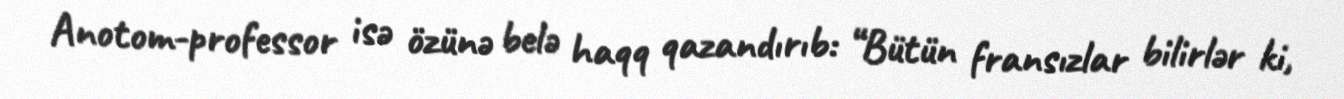
Anotom-professor isə özünə belə haqq qazandırıb: “Bütün fransızlar bilirlər ki,